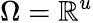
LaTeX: \Omega=\mathbb{R}^{u}